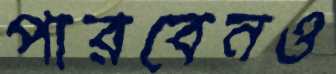
পারবেনও